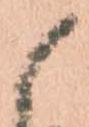
候